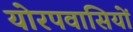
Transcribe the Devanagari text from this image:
योरपवासियों